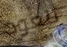
تتعود